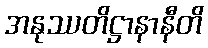
အနုဿတိဋ္ဌာနာနီတိ